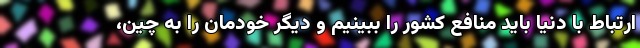
ارتباط با دنیا باید منافع کشور را ببینیم و دیگر خودمان را به چین،